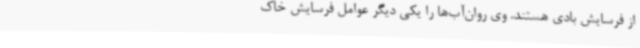
از فرسایش بادی هستند. وی روان‌آب‌ها را یکی دیگر عوامل فرسایش خاک